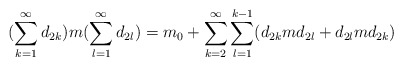
\begin{align*} (\sum_{k=1}^\infty d_{2k}) m (\sum_{l=1}^\infty d_{2l}) = m_0 + \sum_{k=2}^\infty \sum_{l=1}^{k-1} (d_{2k} m d_{2l} + d_{2l} m d_{2k}) \end{align*}